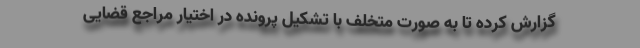
گزارش کرده تا به صورت متخلف با تشکیل پرونده در اختیار مراجع قضایی